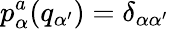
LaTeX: p_{\alpha}^{a}(q_{\alpha^{\prime}})=\delta_{\alpha\alpha^{\prime}}